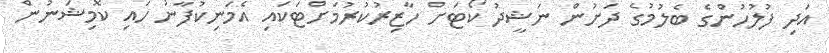
އަދި ފުލުހުންގެ ބެލުމުގެ ދަށުން ނަޝީދު ކޯޓަށް ހާޒިރުކުރުމަށްޓަކައި އެމަނިކުފާނު ހައި ކޮމިޝަނުން